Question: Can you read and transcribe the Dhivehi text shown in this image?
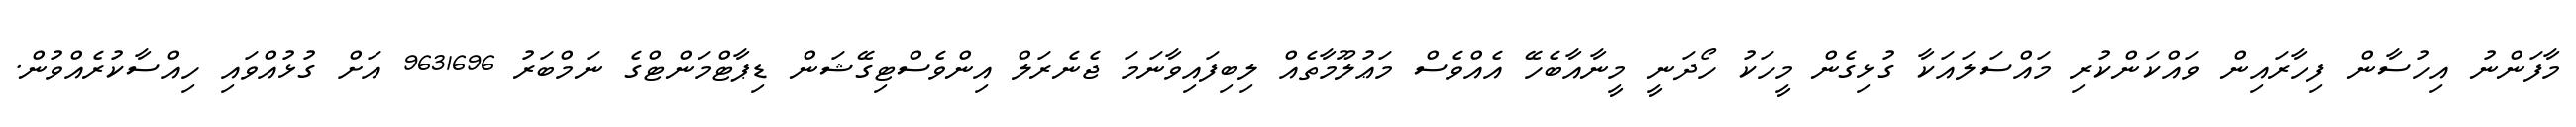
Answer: މާފަންނު އިހުސާން ފިހާރައިން ވައްކަންކުރި މައްސަލައަކާ ގުޅިގެން މީހަކު ހޯދަނީ މީނާއާބެހޭ އެއްވެސް މަޢުލޫމާތެއް ލިބިފައިވާނަމަ ޖެނެރަލް އިންވެސްޓިގޭޝަން ޑިޕާޓްމަންޓްގެ ނަމްބަރު 9631696 އަށް ގުޅުއްވައި ހިއްސާކުރެއްވުން.